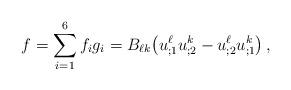
LaTeX: \begin{align*} f=\sum_{i=1}^6 f_i g_i=B_{\ell k}\big(u^\ell_{;1}u^k_{;2}-u^\ell_{;2}u^k_{;1}\big)\,,\end{align*}